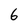
Character: 6